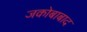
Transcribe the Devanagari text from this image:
जकोबाबाद